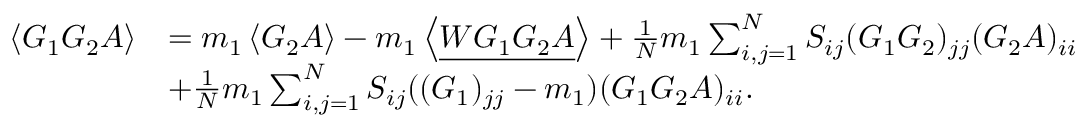
\begin{array} { r l } { \left\langle { G _ { 1 } G _ { 2 } A } \right\rangle } & { = m _ { 1 } \left\langle { G _ { 2 } A } \right\rangle - m _ { 1 } \left\langle { \underline { { W G _ { 1 } G _ { 2 } A } } } \right\rangle + \frac { 1 } { N } m _ { 1 } \sum _ { i , j = 1 } ^ { N } S _ { i j } ( G _ { 1 } G _ { 2 } ) _ { j j } ( G _ { 2 } A ) _ { i i } } \\ & { + \frac { 1 } { N } m _ { 1 } \sum _ { i , j = 1 } ^ { N } S _ { i j } ( ( G _ { 1 } ) _ { j j } - m _ { 1 } ) ( G _ { 1 } G _ { 2 } A ) _ { i i } . } \end{array}